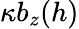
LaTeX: \kappa b_{z}(h)